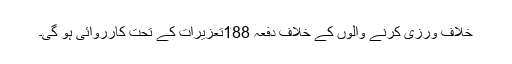
خلاف ورزی کرنے والوں کے خلاف دفعہ 188تعزیرات کے تحت کارروائی ہو گی۔